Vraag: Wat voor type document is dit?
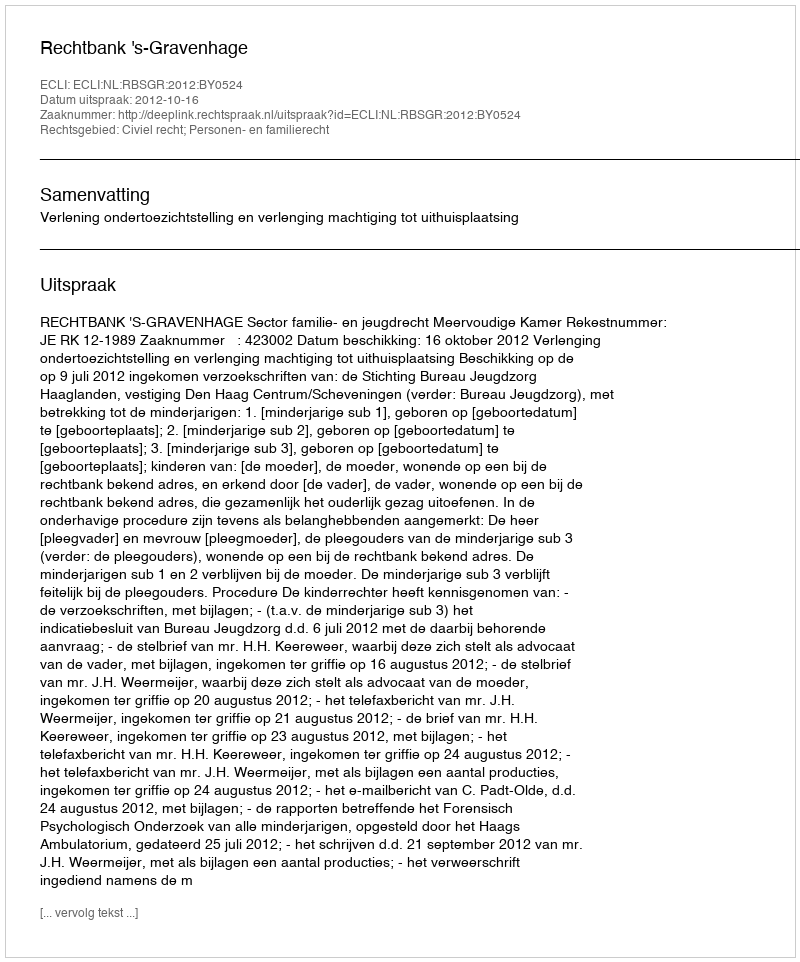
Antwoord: Uitspraak